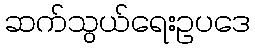
ဆက်သွယ်ရေးဥပဒေ